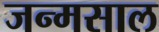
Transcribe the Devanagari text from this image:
जन्मसाल